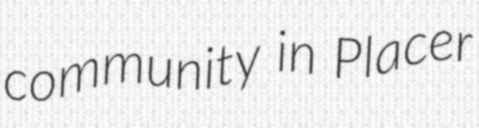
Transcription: community in Placer